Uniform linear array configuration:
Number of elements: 16
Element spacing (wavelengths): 0.75
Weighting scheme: blackman
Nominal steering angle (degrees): -60
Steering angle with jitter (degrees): -61.43
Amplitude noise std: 0.05
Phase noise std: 0.05

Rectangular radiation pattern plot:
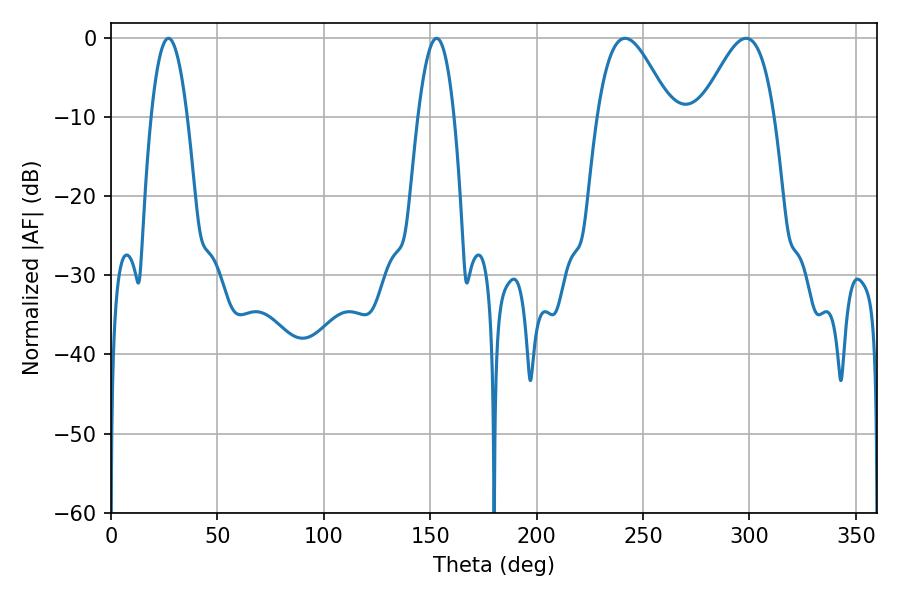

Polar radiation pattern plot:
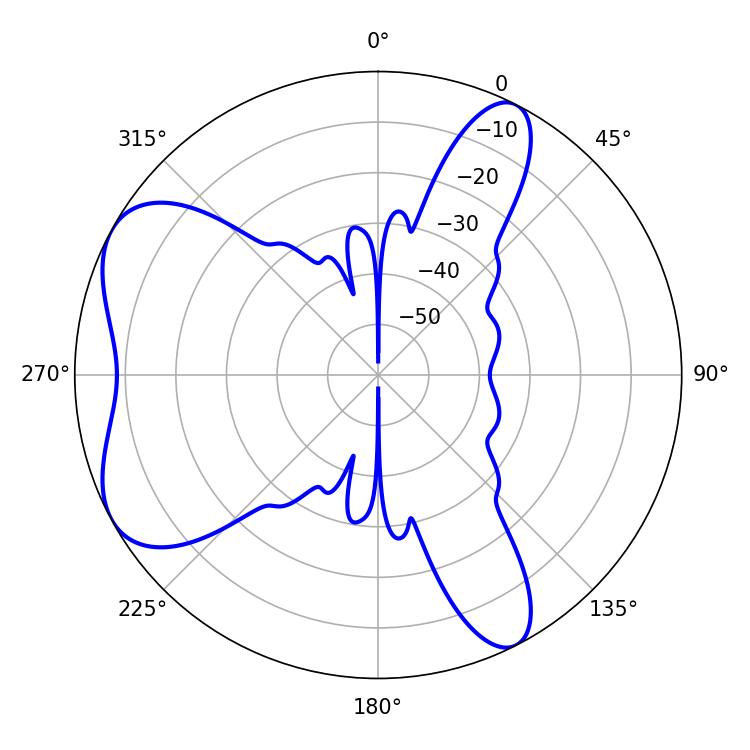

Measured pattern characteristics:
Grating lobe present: TRUE
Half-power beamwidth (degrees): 9.18
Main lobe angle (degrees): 27